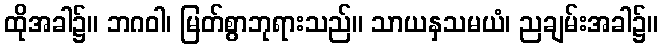
ထိုအခါ၌။ ဘဂဝါ၊ မြတ်စွာဘုရားသည်။ သာယနှသမယံ၊ ညချမ်းအခါ၌။